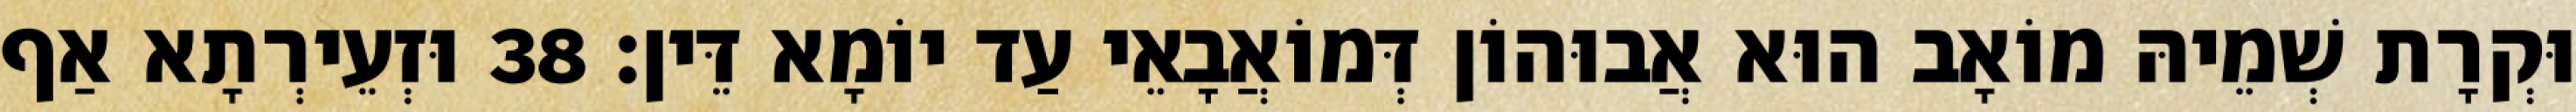
וּקְרָת שְׁמֵיהּ מוֹאָב הוּא אֲבוּהוֹן דְּמוֹאֲבָאֵי עַד יוֹמָא דֵּין׃ 38 וּזְעֵירְתָא אַף